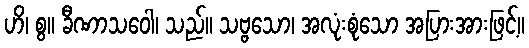
ဟိ၊ စွ။ ခီဏာသဝေါ၊ သည်။ သဗ္ဗသော၊ အလုံးစုံသော အပြားအားဖြင့်။